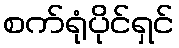
စက်ရုံပိုင်ရှင်